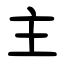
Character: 主